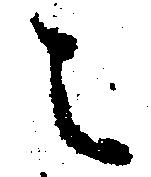
之